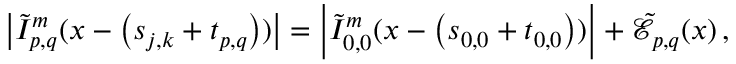
\left\vert \tilde { I } _ { p , q } ^ { m } ( \boldsymbol { x } - \left( \boldsymbol { s } _ { j , k } + \boldsymbol { t } _ { p , q } \right) ) \right\vert = \left\vert \tilde { I } _ { 0 , 0 } ^ { m } ( \boldsymbol { x } - \left( \boldsymbol { s } _ { 0 , 0 } + \boldsymbol { t } _ { 0 , 0 } \right) ) \right\vert + \tilde { \mathcal { E } } _ { p , q } ( \boldsymbol { x } ) \, ,